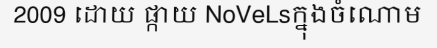
2009 ដោយ ផ្កាយ NoVeLsក្នុងចំណោម